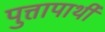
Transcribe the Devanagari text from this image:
पुत्तापार्थी